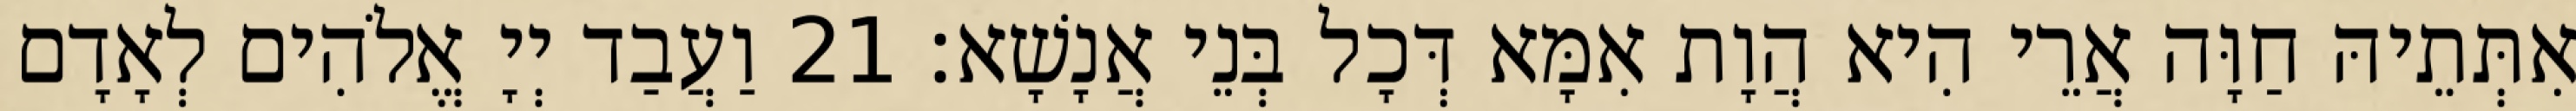
אִתְּתֵיהּ חַוָּה אֲרֵי הִיא הֲוָת אִמָּא דְּכָל בְּנֵי אֲנָשָׁא׃ 21 וַעֲבַד יְיָ אֱלֹהִים לְאָדָם